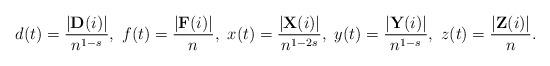
LaTeX: \begin{align*} d(t)= \frac{|\textbf{D}(i)|}{n^{1-s}},\ f(t)= \frac{|\textbf{F}(i)|}{n},\ x(t)= \frac{|\textbf{X}(i)|}{n^{1-2s}}, \ y(t)= \frac{|\textbf{Y}(i)|}{n^{1-s}},\ z(t)= \frac{|\textbf{Z}(i)|}{n}. \end{align*}